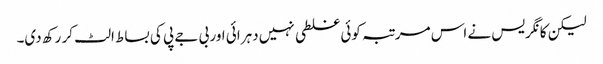
لیکن کانگریس نے اس مرتبہ کوئی غلطی نہیں دہرائی اور بی جے پی کی بساط الٹ کر رکھ دی۔